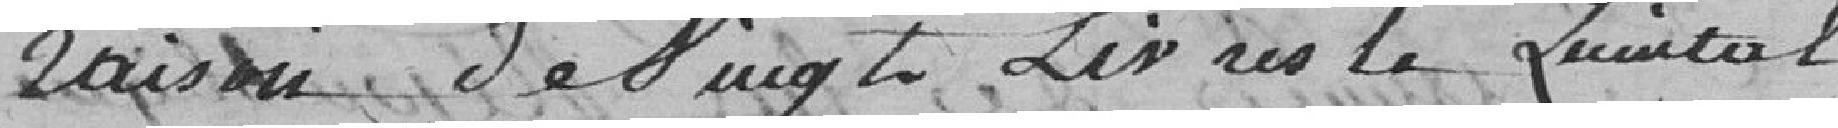
raison de vingt livres le quintal